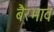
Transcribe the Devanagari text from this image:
बैरभाव